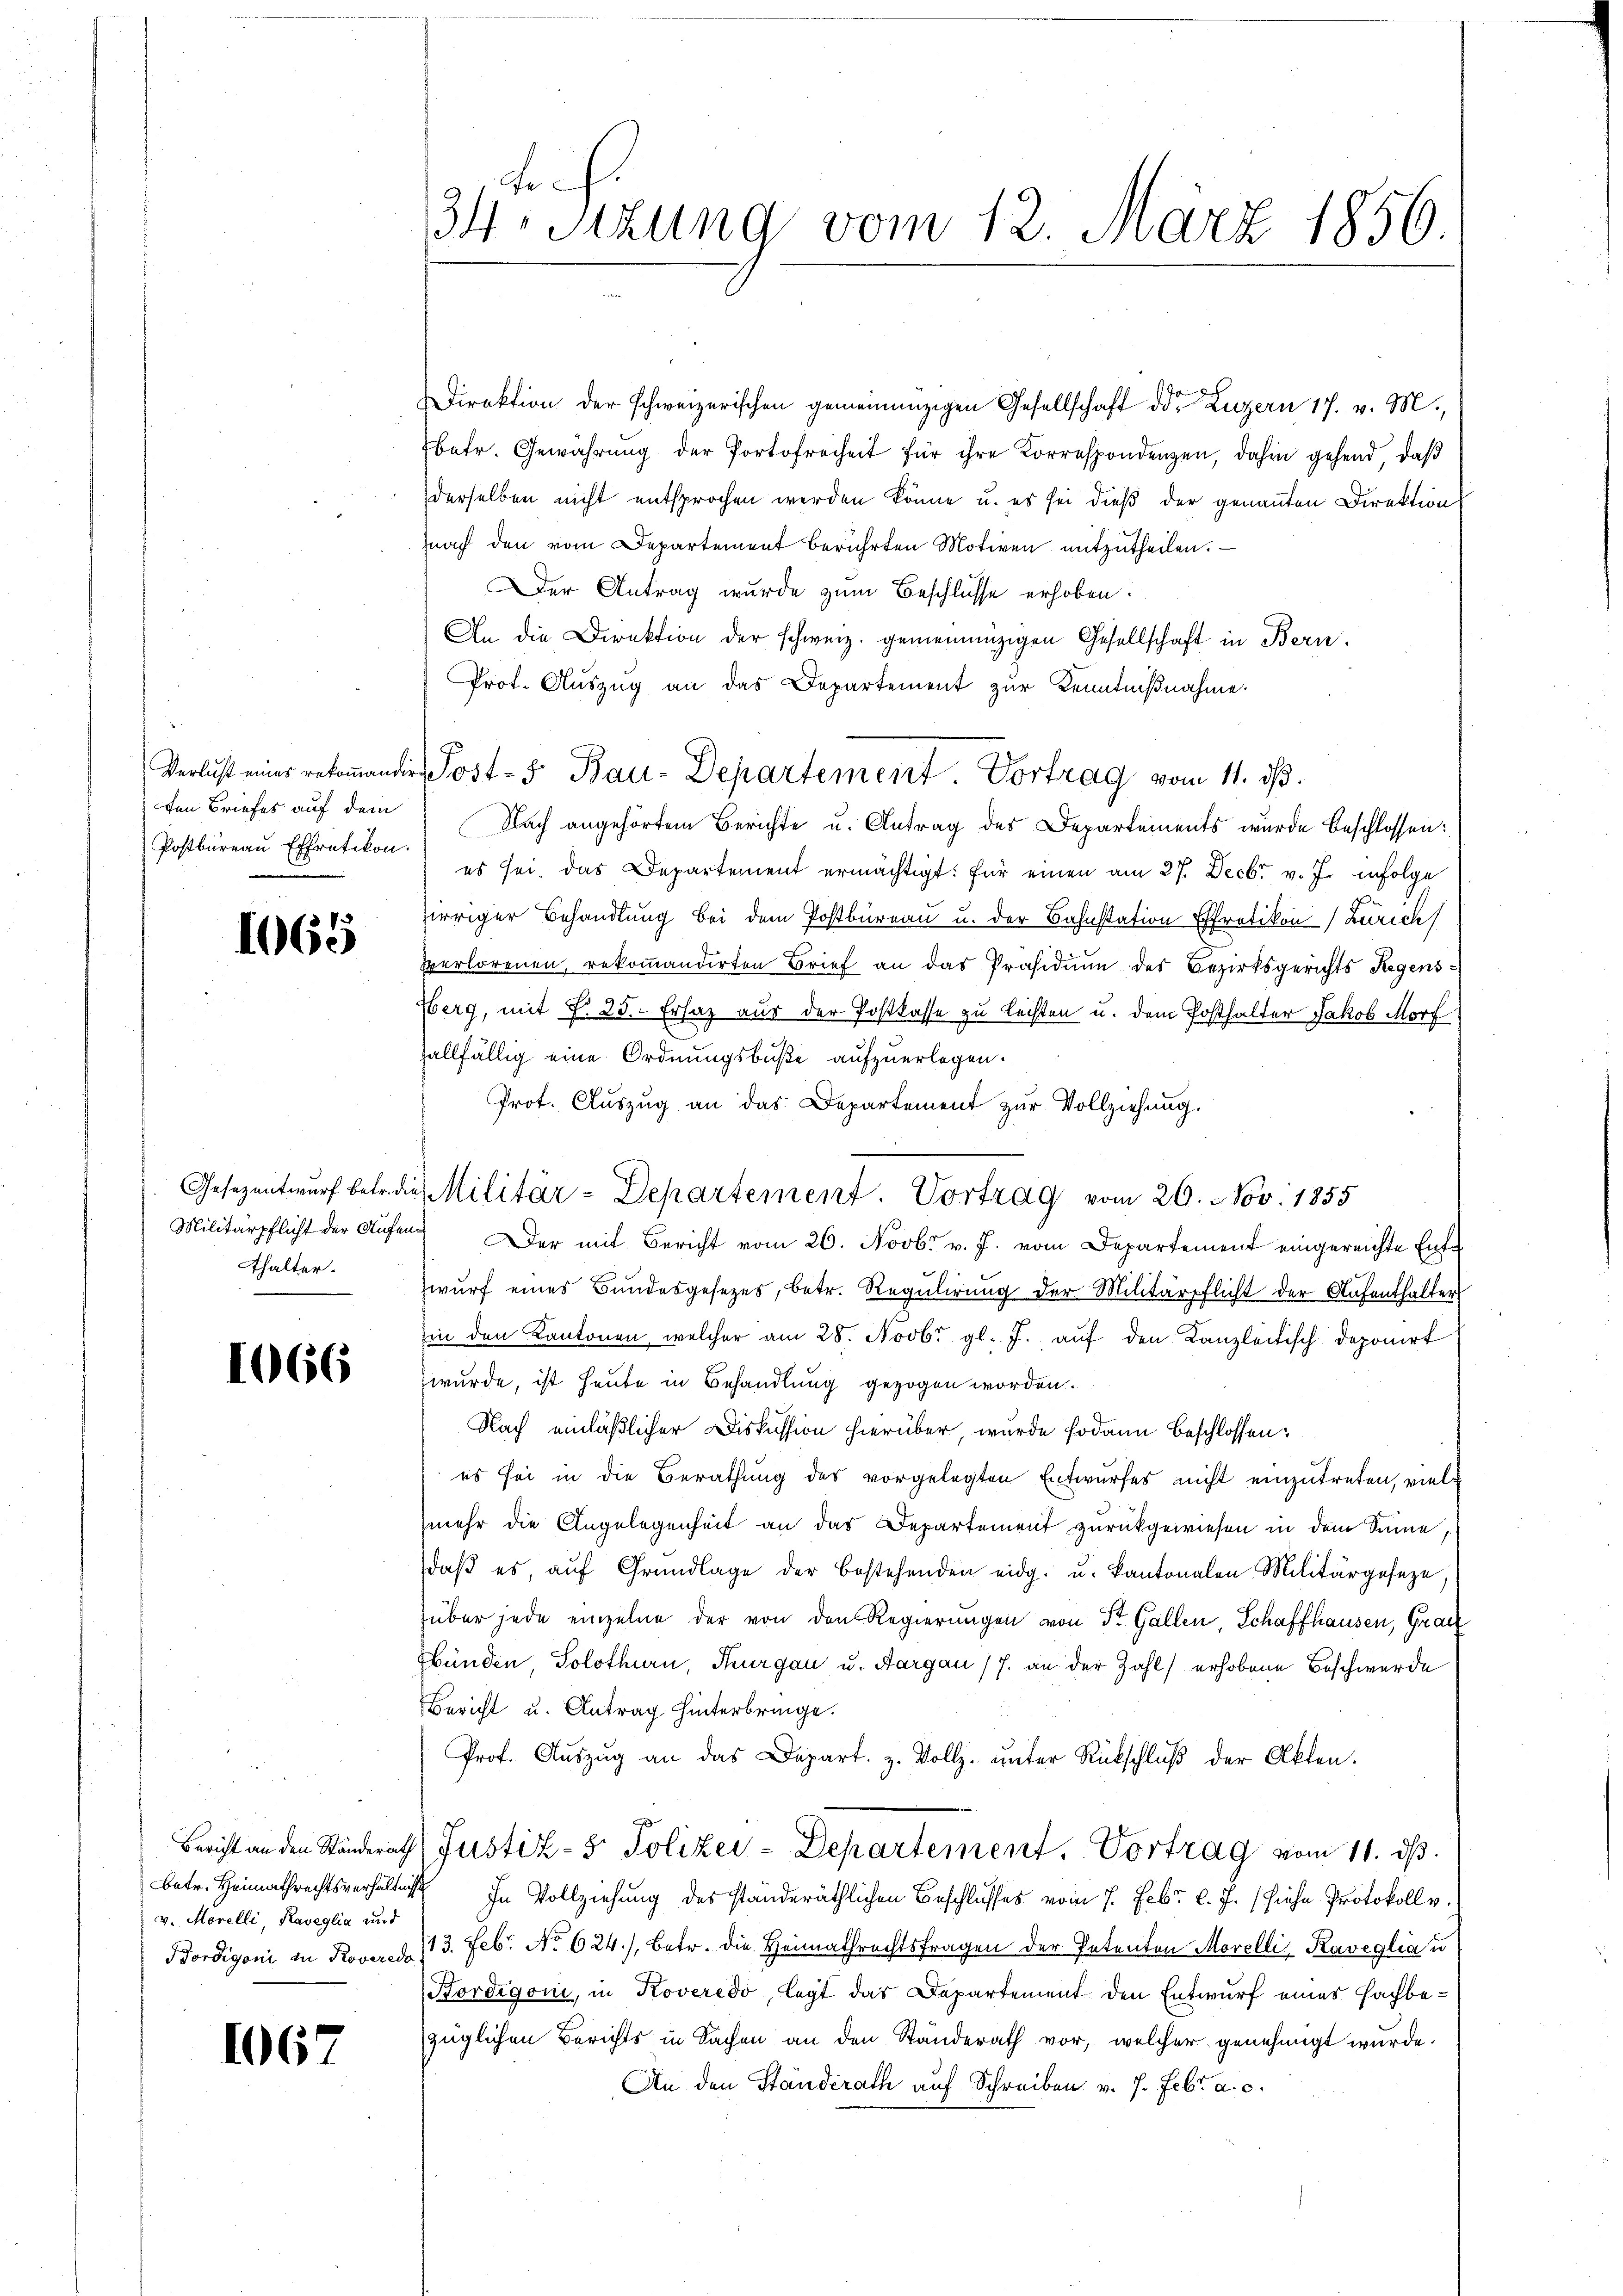
ten Briefes auf dem
Postbureau Effretikon.

1065

Militärpflicht der Aufenthalter.

1066

v. Morelli, Raveglia und

1067

34ten Sizung vom 12. März 1856.

Direktion der schweizerischen gemeinanzigen Gesellschaft der Luzern 17. v. M.,
betr. Gewährung der Portofreiheit für ihre Korrespondenzen, dahin gehend, daß
derselben nicht entsprochen werden könne u. es sei dieß der genannten Direktion
nach den vom Departement berührten Motiven mitzŭtheilen.
Der Antrag wurde zum Beschlüsse erhoben.
An die Direktion der schweiz. gemeinnüzigen Gesellschaft in Bern.
Prot. Aŭszŭg an das Departement zur Kenntniβnahme.
Nach angehörtem Berichte u. Antrag des Departements wurde beschlossen:
es sei. Das Departement ermächtigt: für einen am 27. Decbr v. J. infolge
irriger Behandlung bei dem Postbureau u. der Bahnstation Effretikon Zürich
Verlorenen, rekommandirten Brief an das Präsidium des Bezirksgerichts Regens¬
Eberg, mit S. 25. Ersaz aus der Postkasse zu leisten u. dem Posthalter Jakob Morf
allfällig eine Ordnungsbuße aufzuerlegen.
Prot. Auszug an das Departement zur Vollziehung.
Der mit Bericht vom 26. Novbr v. J. vom Departement eingereichte Ente
wŭrf eines Bundesgesetzes, betr. Regŭlirŭng der Militärpflicht der Aufenthalter
in den Kantonen, welcher am 28. Novbr. gl. J. auf den Kanzleitisch deponirt
wurde, ist heute in Behandlung gezogen worden.
Nach einläßlicher Diskussion hierüber, wurde sodann beschlossen:
es sei in die Berathung des vorgelegten Entwurfes nicht einzutreten, viele
mehr die Angelegenheit an das Departement zurückgewiesen in dem Sinne.
daβ es aŭf Grŭndlage der bestehenden eidg. u. Kantonalen Militärgeseze,
über jede einzelne der von den Regierungen von St. Gallen, Schaffhausen, Grauz
Hunden, Solothurn, Thurgau u. Aargau /7. an der Zahl erhobene Beschwerde
Bericht u. Antrag hinterbringe.
Prof. Aŭszŭg an das Depart. z. Vollz. ŭnter Rückschlŭβ der Akten.
d
Bericht an den Ständerath Justiz- & Polizei-Departement. Vortrag vom 11. ds.
betr. Heimathrechtsverhältnis In Vollziehung des ständeräthlichen Beschlusses vom 7. Febr. l. J. (siehe Protokoll u.
Bordigoni in Roveres 13. Feb. No 624), betr. die Heimathrechtsfragen der Petenten Morelli, Raveglia u
Kordigoni, in Koveredo, legt das Departement den Entwurf eines Fachbe-
züglichen Berichts in Sachen an den Ständerath vor, welcher genehmigt wurde.
An den Ständerath auf Schreiben v. 7. Febr. a. c.

Gesezentwurf betr.die Militär-Departement. Vortrag vom 20. Nov. 1855

Verlust einer rekommander Post- 5. Bau-Departement Vortrag vom 11. ds.